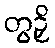
တွဉှိ